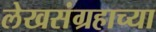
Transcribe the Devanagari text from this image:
लेखसंग्रहाच्या